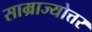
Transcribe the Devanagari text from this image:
साम्राज्योत्तर